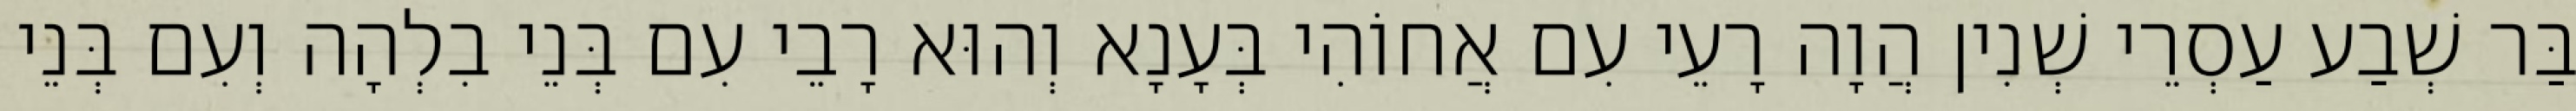
בַּר שְׁבַע עַסְרֵי שְׁנִין הֲוָה רָעֵי עִם אֲחוֹהִי בְּעָנָא וְהוּא רָבֵי עִם בְּנֵי בִלְהָה וְעִם בְּנֵי